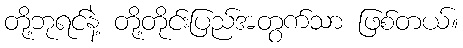
တို့ဘုရင်နဲ့ တို့တိုင်းပြည်အတွက်သာ ဖြစ်တယ်။